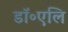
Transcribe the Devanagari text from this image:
डॉ॰एलि